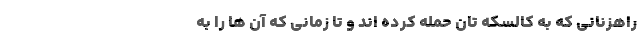
راهزنانی که به کالسکه تان حمله کرده اند و تا زمانی که آن ها را به